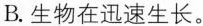
B.生物在迅速生长。